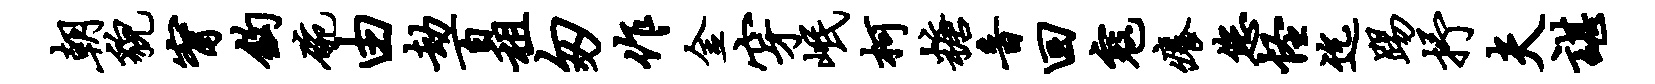
朝貌甯钩碗由劫百租匆作金穿岷柯糖音回寇痒您怪迄踢抒夫谌